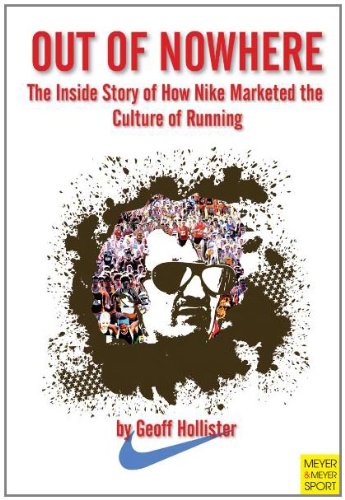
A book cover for Out of Nowhere: The Inside Story of How Nike Marketed the Culture of Running; Geoff Hollister; Business & Money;